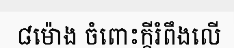
៨ម៉ោង ចំពោះក្តីរំពឹងលើ